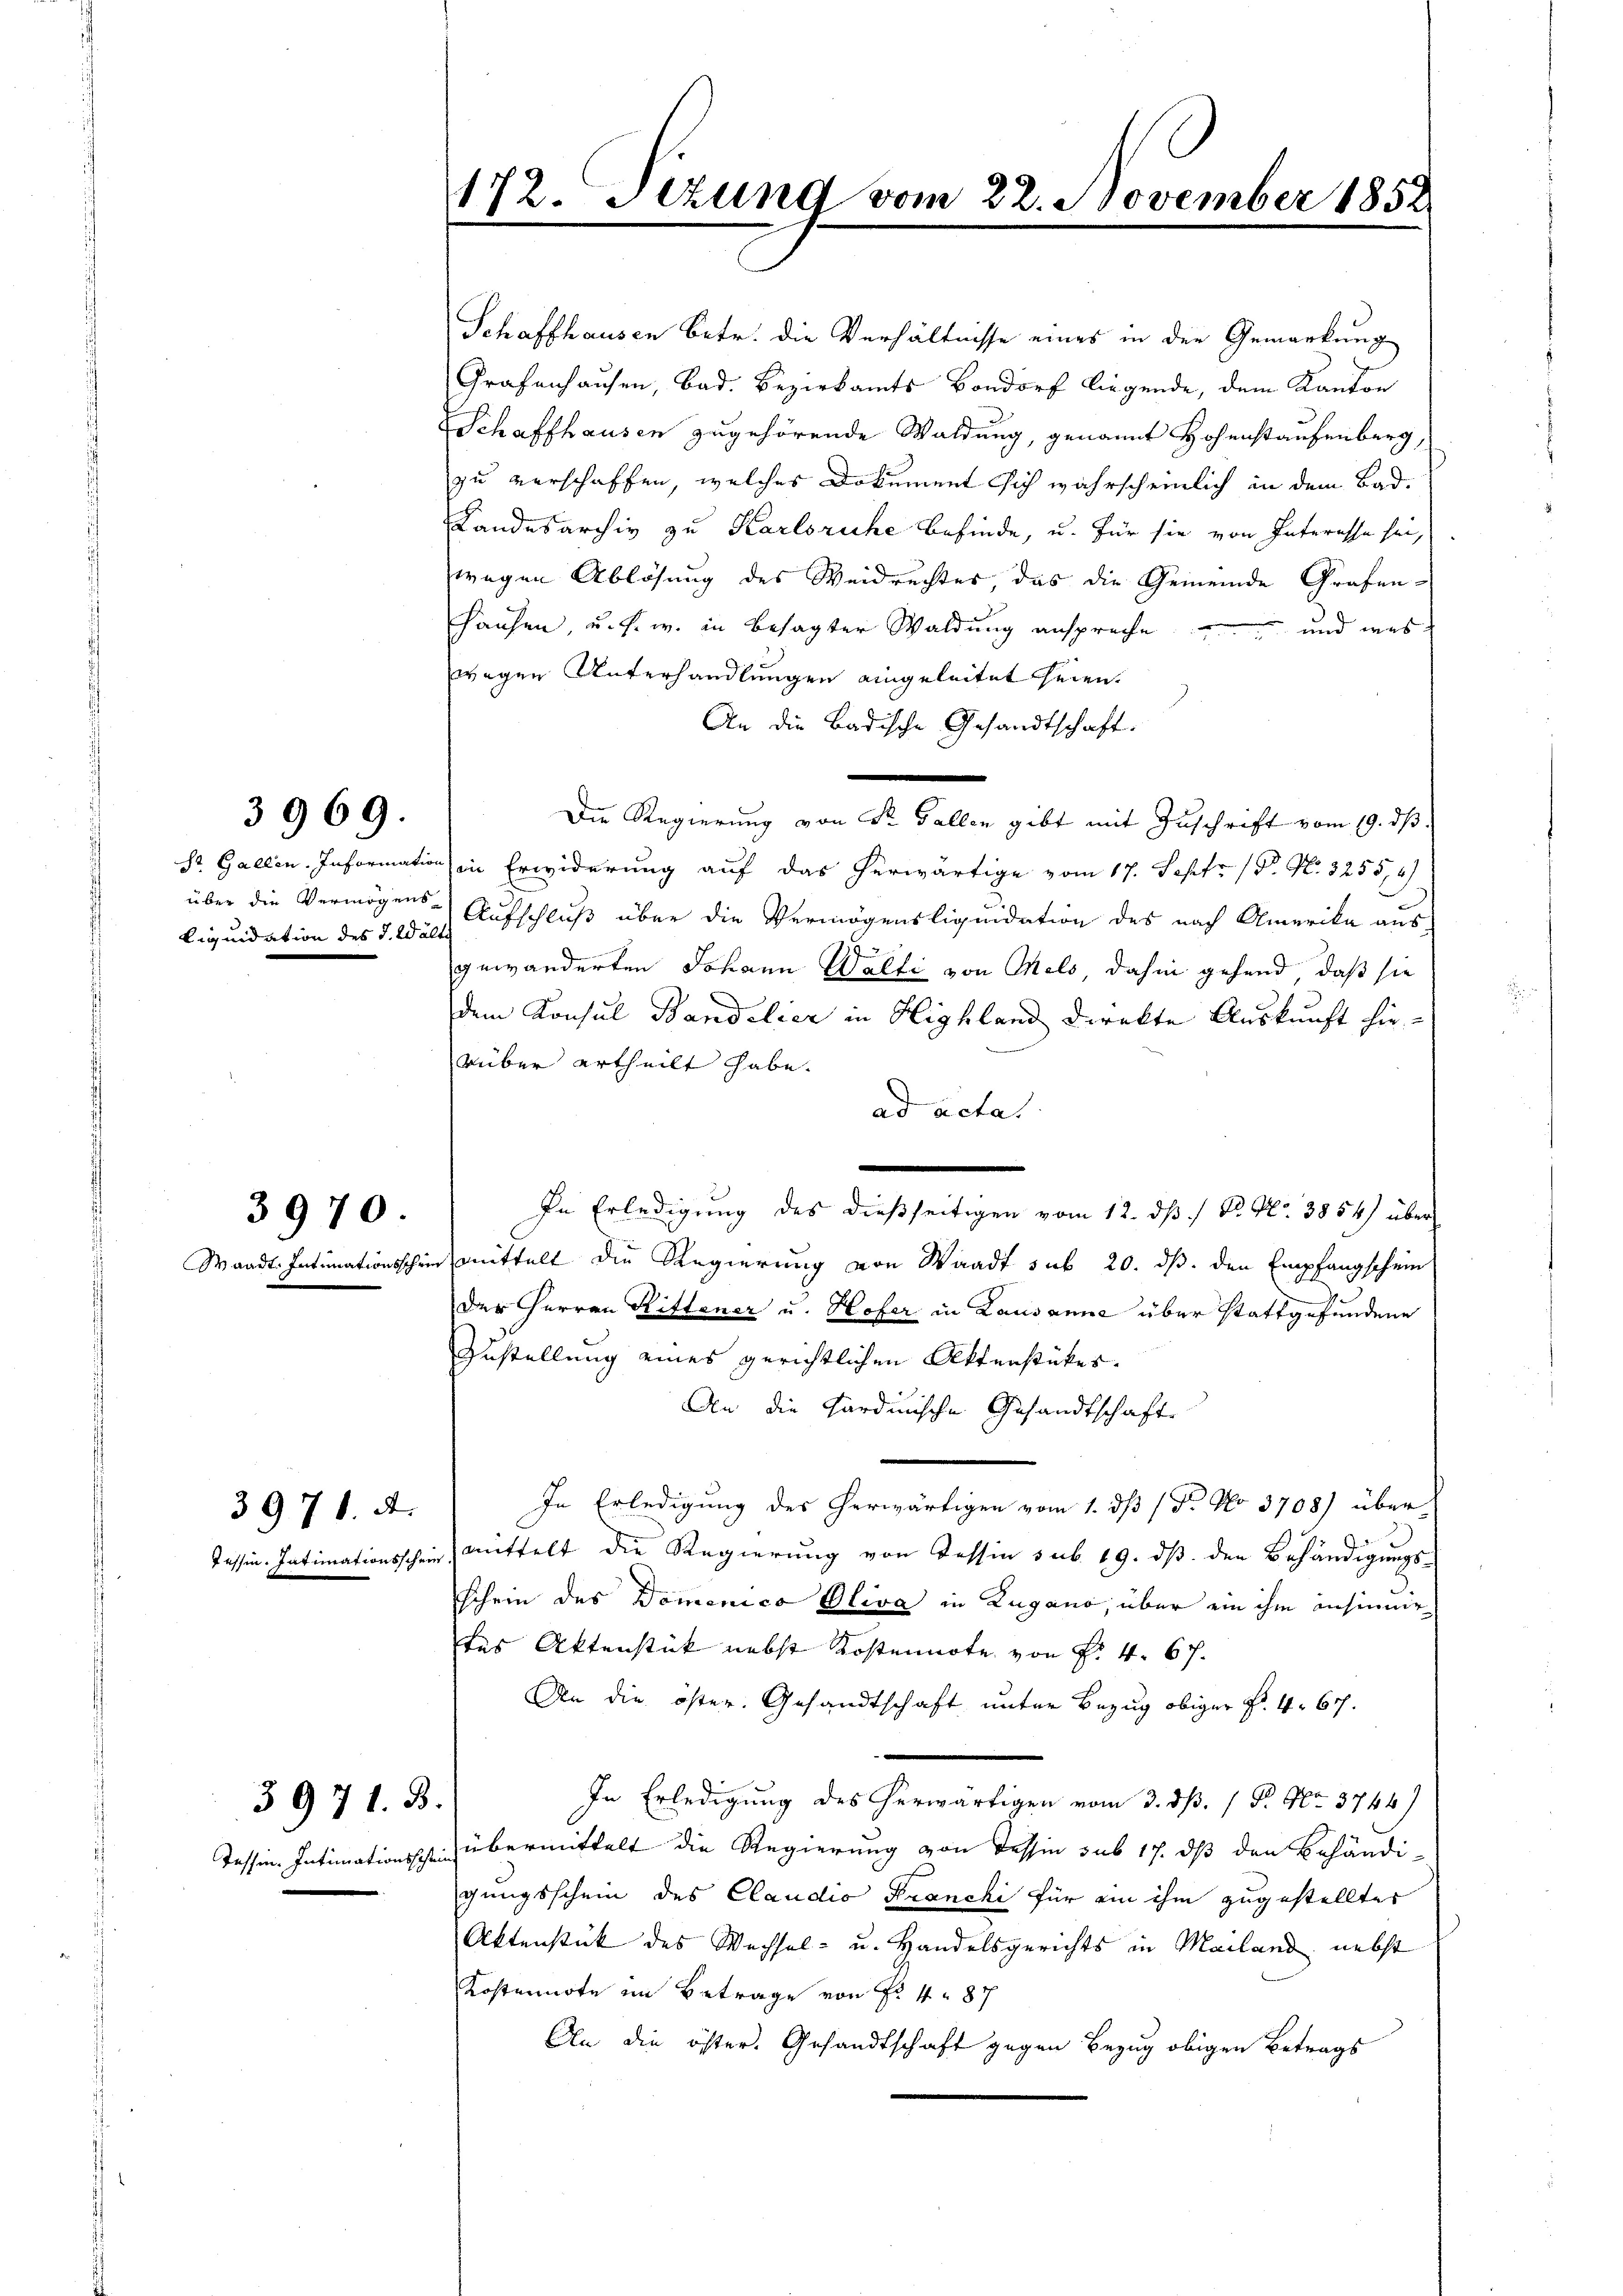
Liquidation des J. Wält

3970.

3971. A.
Tessin. Intimationsschei

3969.

3971. B.

Schaffhausen betr. die Verhältnisse eines in der Gemarkung
Grafenhausen, Bad. Bezirkamts Bondorf liegende, dem Kanton
Schaffhausen zugehörende Waldung, genannt Hohenstaufenberg,
zu verschaffen, welches Dokument sich wahrscheinlich in dem Bad¬
Landesarchiv zu Karlsruhe befinde, u. für sie von Interesse sei,
wegen Ablösung des Weidrechtes, das die Gemeinde Grafen¬
Hausen, u. s. w. in besagter Waldung anspreche
 und was
wegen Unterhandlungen eingeleitet seien.
An die Badische Gesandtschaft.
Die Regierung von Dr. Gallen gibt mit Zuschrift vom 19. ds.
S. Gallen. Information in Erwiderung auf das herwärtige vom 17. Sept. 18. No. 3255,2)
über die Vermögens- Aufschluß über die Vermögensliquidation des nach Amerika aus
gewänderten Johann Walti von Wels, dahin gehend, daß sie
dem Konsul Bandelier in Highland direkte Auskunft hie-
rüber ertheilt habe.
ad actat
d
In Erledigung des dießseitigen vom 12. ds / P. Nr. 3854) über
Waadt Intimationsschien mittelt die Regierung von Waadt sub 20. ds. den Empfangschein
Der Herren Rittener u. Hofer in Lausanne über stattgefundene
Zustellung eines gerichtlichen Aktenstückes.
An die hardinische Gesandtschaft
In Erledigung des herwärtigen vom 1. dß (Dr. No 3708) über
) mittelt die Regierung von Tessin sub. 19. dß den Behändigungs-
schein des Domenico Oliva in Zugano, über ein ihm ansinner
des Aktenstück nebst Kostennote von Fr. 4. 67.
An die öster. Gesandtschaft unter Bezug obiger Fr. 467.
In Erledigung des herwärtigen vom 3. dß. / P. Nr. 3744)
Tessin. Intimationssche übermittelt die Regierung von Tessin sub 17. dß den behändi-
gungsschein des Claudio Franchi für ein ihm zugestellter
Aktenstück des Wechsel- u. Handelsgerichts in Mailand nebst
Kostennote im Betrage von No 487
An die öster. Gesandtschaft gegen Bezug obigen Betrags

172. Sezung vom 22. November 1852